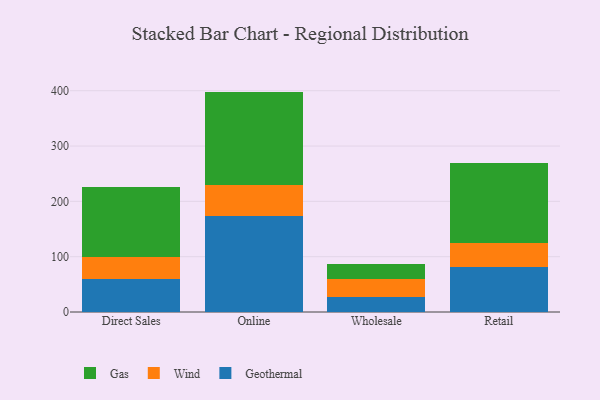
{"axis": {"x": "Channel", "y": "Headcount"}, "legend": ["Gas", "Geothermal", "Wind"], "data": [{"x": "Direct Sales", "y": 59.6, "type": "Geothermal"}, {"x": "Direct Sales", "y": 39.2, "type": "Wind"}, {"x": "Direct Sales", "y": 126.5, "type": "Gas"}, {"x": "Online", "y": 172.8, "type": "Geothermal"}, {"x": "Online", "y": 56.2, "type": "Wind"}, {"x": "Online", "y": 169.4, "type": "Gas"}, {"x": "Wholesale", "y": 27.3, "type": "Geothermal"}, {"x": "Wholesale", "y": 33.2, "type": "Wind"}, {"x": "Wholesale", "y": 27.1, "type": "Gas"}, {"x": "Retail", "y": 81.7, "type": "Geothermal"}, {"x": "Retail", "y": 43.4, "type": "Wind"}, {"x": "Retail", "y": 144.2, "type": "Gas"}]}